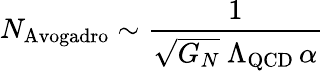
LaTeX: N_{\mathrm{Avogadro}}\sim{\frac{1}{\sqrt{G_{N}}\ \Lambda_{\mathrm{QCD}}\, \alpha}}